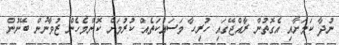
ނުދާ ކަމަށާއި އެގޮތުން ރާއްޖޭގައި ހުރިހާ މަސައްކަތެއް ކުރުމަށް ކޮންމެހެން ޒުވާނުން ބޭނުން